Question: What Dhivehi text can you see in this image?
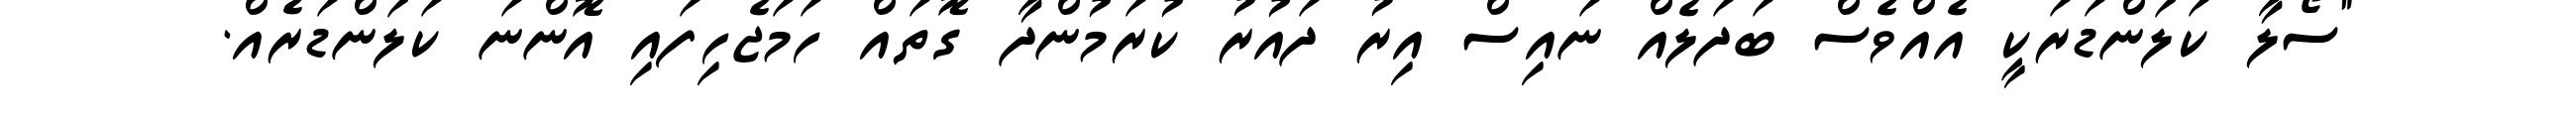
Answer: "ސޯލާ ކަލަންޑަރަކީ އެއްވެސް ބަދަލެއް ނައިސް އިރު ދައުރު ކުރަމުންދާ ގޮތައް ހަމަޖެހިފައި އޮންނަ ކަލަންޑަރެއް.